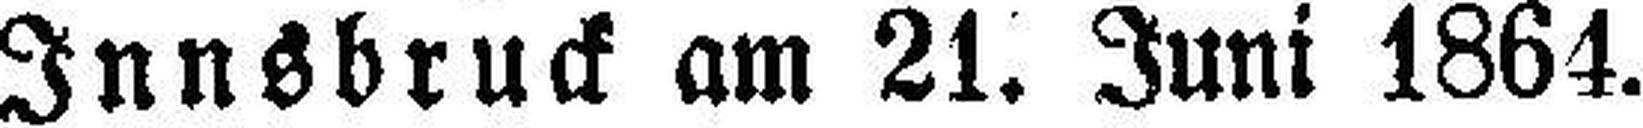
Innsbruck am 21. Juni 1864.